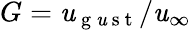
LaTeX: G=\mathit{u}_{\mathrm{{~g~\mathit{u}~s~t~}}}/\mathit{u}_{\infty}